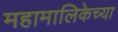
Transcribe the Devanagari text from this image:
महामालिकेच्या